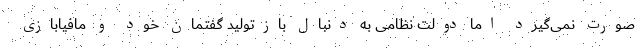
صورت نمی‌گیرد اما دولت نظامی به‌ دنبال بازتولید گفتمان خود و مافیابازی